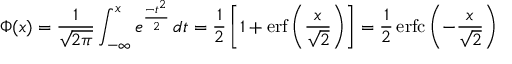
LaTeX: \Phi ( x ) = { \frac { 1 } { \sqrt { 2 \pi } } } \int _ { - \infty } ^ { x } e ^ { \frac { - t ^ { 2 } } { 2 } } \, d t = { \frac { 1 } { 2 } } \left[ 1 + \operatorname { e r f } \left( { \frac { x } { \sqrt { 2 } } } \right) \right] = { \frac { 1 } { 2 } } \operatorname { e r f c } \left( - { \frac { x } { \sqrt { 2 } } } \right)